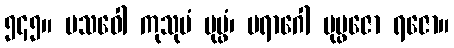
၅၄၅။ ပသဝေါ ကုသုမံ ပုပ္ဖံ၊ ပရာဂေါ ပုပ္ဖဇော ရဇော။